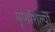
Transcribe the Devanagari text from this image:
मृणशिल्पों